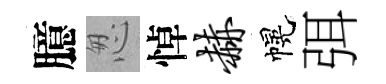
臆怱悼赫幌弭